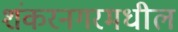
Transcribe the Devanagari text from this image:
शंकरनगरमधील